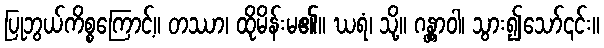
ပြုဘွယ်ကိစ္စကြောင့်။ တဿာ၊ ထိုမိန်းမ၏။ ဃရံ၊ သို့။ ဂန္တွာဝါ၊ သွား၍သော်၎င်း။